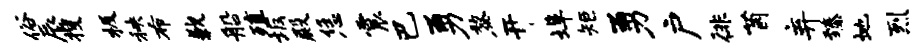
俗辰搜极秧布歉船殖坂殿恁震巴勇黎开埠矩勇户徘茵弃臻地烈